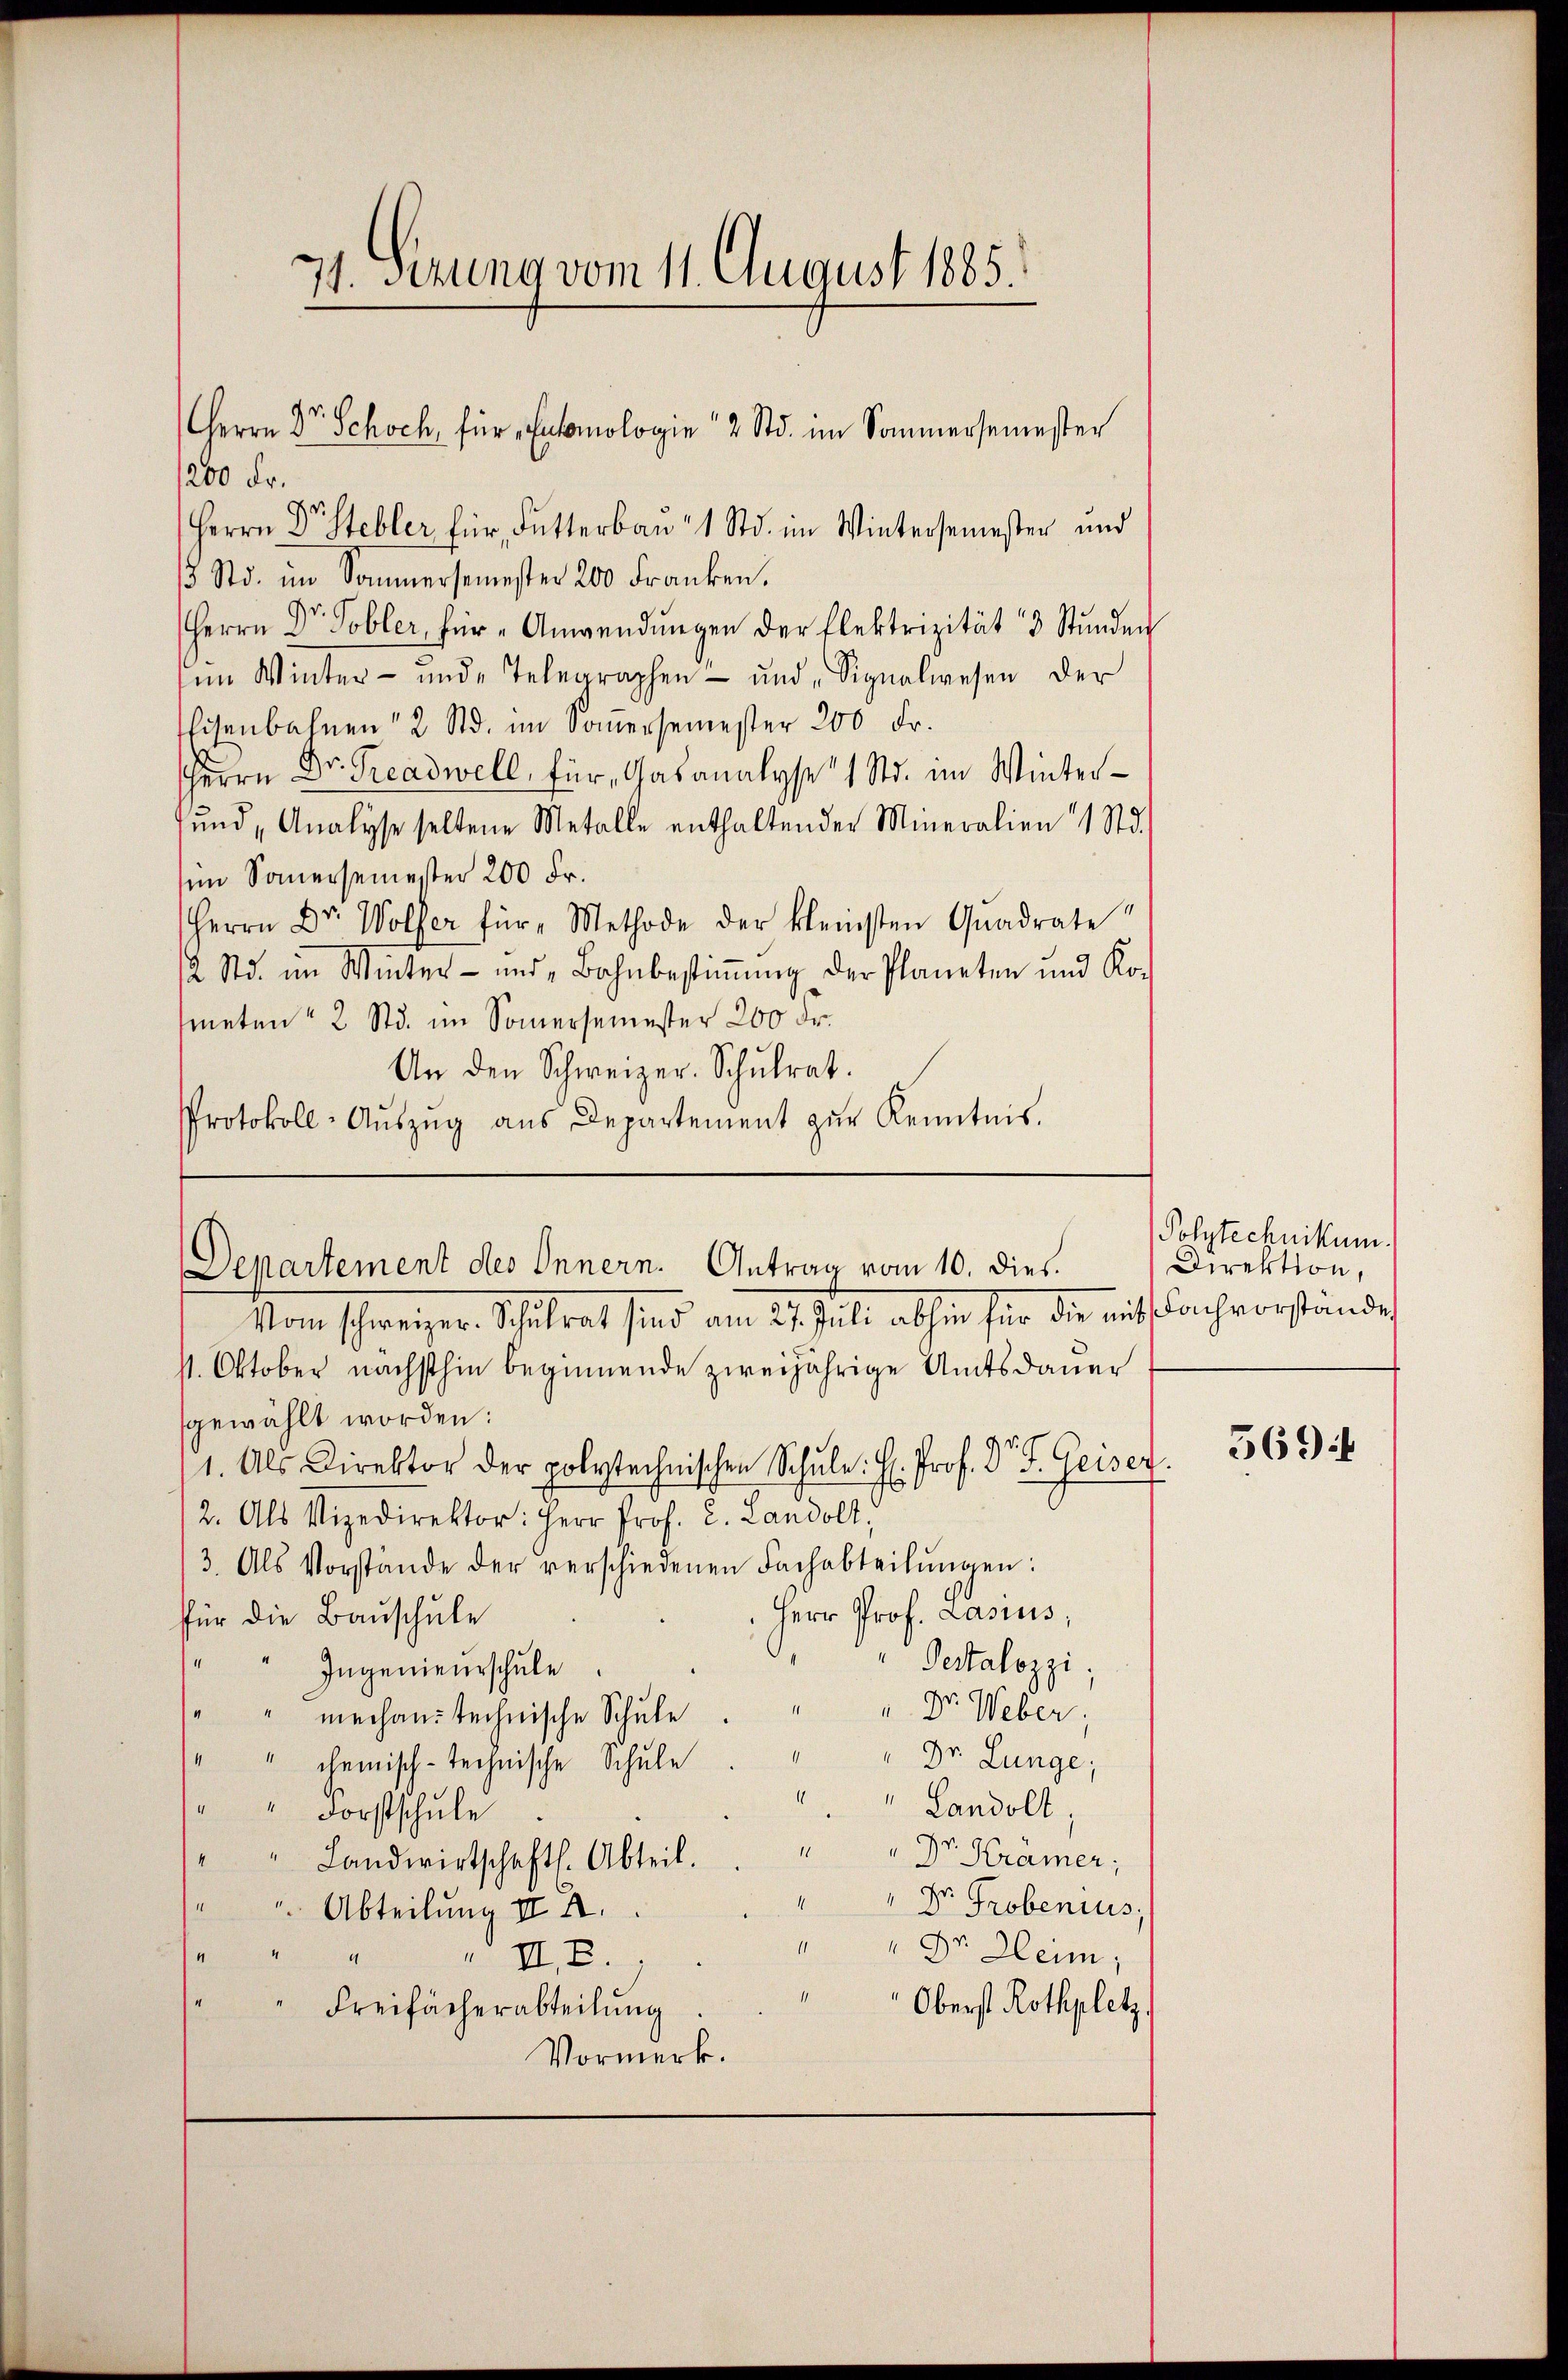
71. Sezung vom 11. August 1885.

1200 Fr.
Herrn Dr. Stebler für Futterbau 1 Std. im Wintersemester und
15 Std. im Sommersemester 200 Franken.
Herrn Dr. Tobler, für Anwendŭngen der Elektrizität 3 Stŭnden
im Winter- und Telegraphen- und „Signalwesen der
Eisenbahnen 2 Std. im Soṁersemester 200 Fr.
Herrn Dr. Greadwell, für Gasanalyse 1 Std. im Winterfund Analyse seltene Metalle enthaltender Mineralien 1 Std.
sin Sauersemester 200 Fr.
Herrn Dr. Wolfer für Methode der kleinsten Quadrate
2 Std. im Winter- und Bahnbestiṁŭng der Planeten und Kometen 2 Std. im Somersemester 200 Fr.
An den Schweizer. Schulrat.
Protokoll-Aŭszŭg aŭs Departement zŭr Kenntnis.

Herrn Dr. Schoch, für Automologie 2 Std. im Sommersemester

Departement des Innern. Antrag vom 10. dies

Vom schweizer. Schulrat sind am 27. Juli abhin für die mitsachvorstände
s. Oktober nächsthin beginnende zweijährige Amtsdauer
gewählt worden:
1. Als Direktor der polytechnischen Schŭle. H. Prof. Dr. S. Geiser.
2. Als Vizedirektor: Herr Prof. C. Landolt,
3. Als Vorstände der verschiedenen Fachabteilŭngen:
Herr Prof. Lasius,
für die Bauschule
Pestalozzi,
Ingenieurschule
" Dr. Weber,
mechan technische Schule
Dr. Lunge,
" chemisch-technische Schule
" Landolt.
" Forstschule
"" Landwirtschaft. Abteil. Dr. Krämer;
d
Dr. Probenius,
" Abteilung II 4.
11
" Dr. Heim;
4
IIE.
Oberst Rothplatz.
Freifächerabteilung
Vormerk.

Polytechnikum
Direktion,

569 f